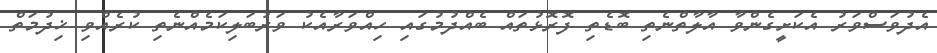
އެދުވަސްވަރު އެކަށީގެންވާ އާލާތްނެތި ބޮޑެތި ފޮރޮޅުތައް ބެއްދުމުގައި ހިއްވަރާއެކު ވަރުބަލިކަމެއްނެތި ކުރެއްވި ޚިދުމަތް